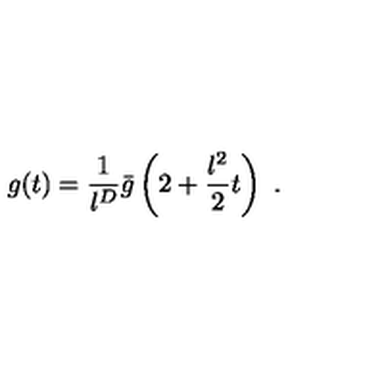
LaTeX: g ( t ) = \frac { 1 } { l ^ { D } } \bar { g } \left( 2 + \frac { l ^ { 2 } } { 2 } t \right) \ .